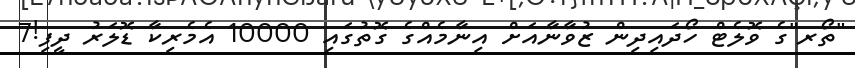
"ތޯރ"ގެ ވޮލެޓް ހޯދައިދިން ޒުވާނާއަށް އިނާމެއްގެ ގޮތުގައި 10000 އެމެރިކާ ޑޮލަރު ދީފި!7